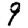
Digit: 9